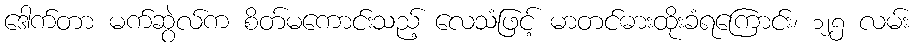
ဒေါက်တာ မက်ဆွဲလ်က စိတ်မကောင်းသည့် လေသံဖြင့် မာတင်ဓားထိုးခံရကြောင်း၊ ၁၂၅ လမ်း